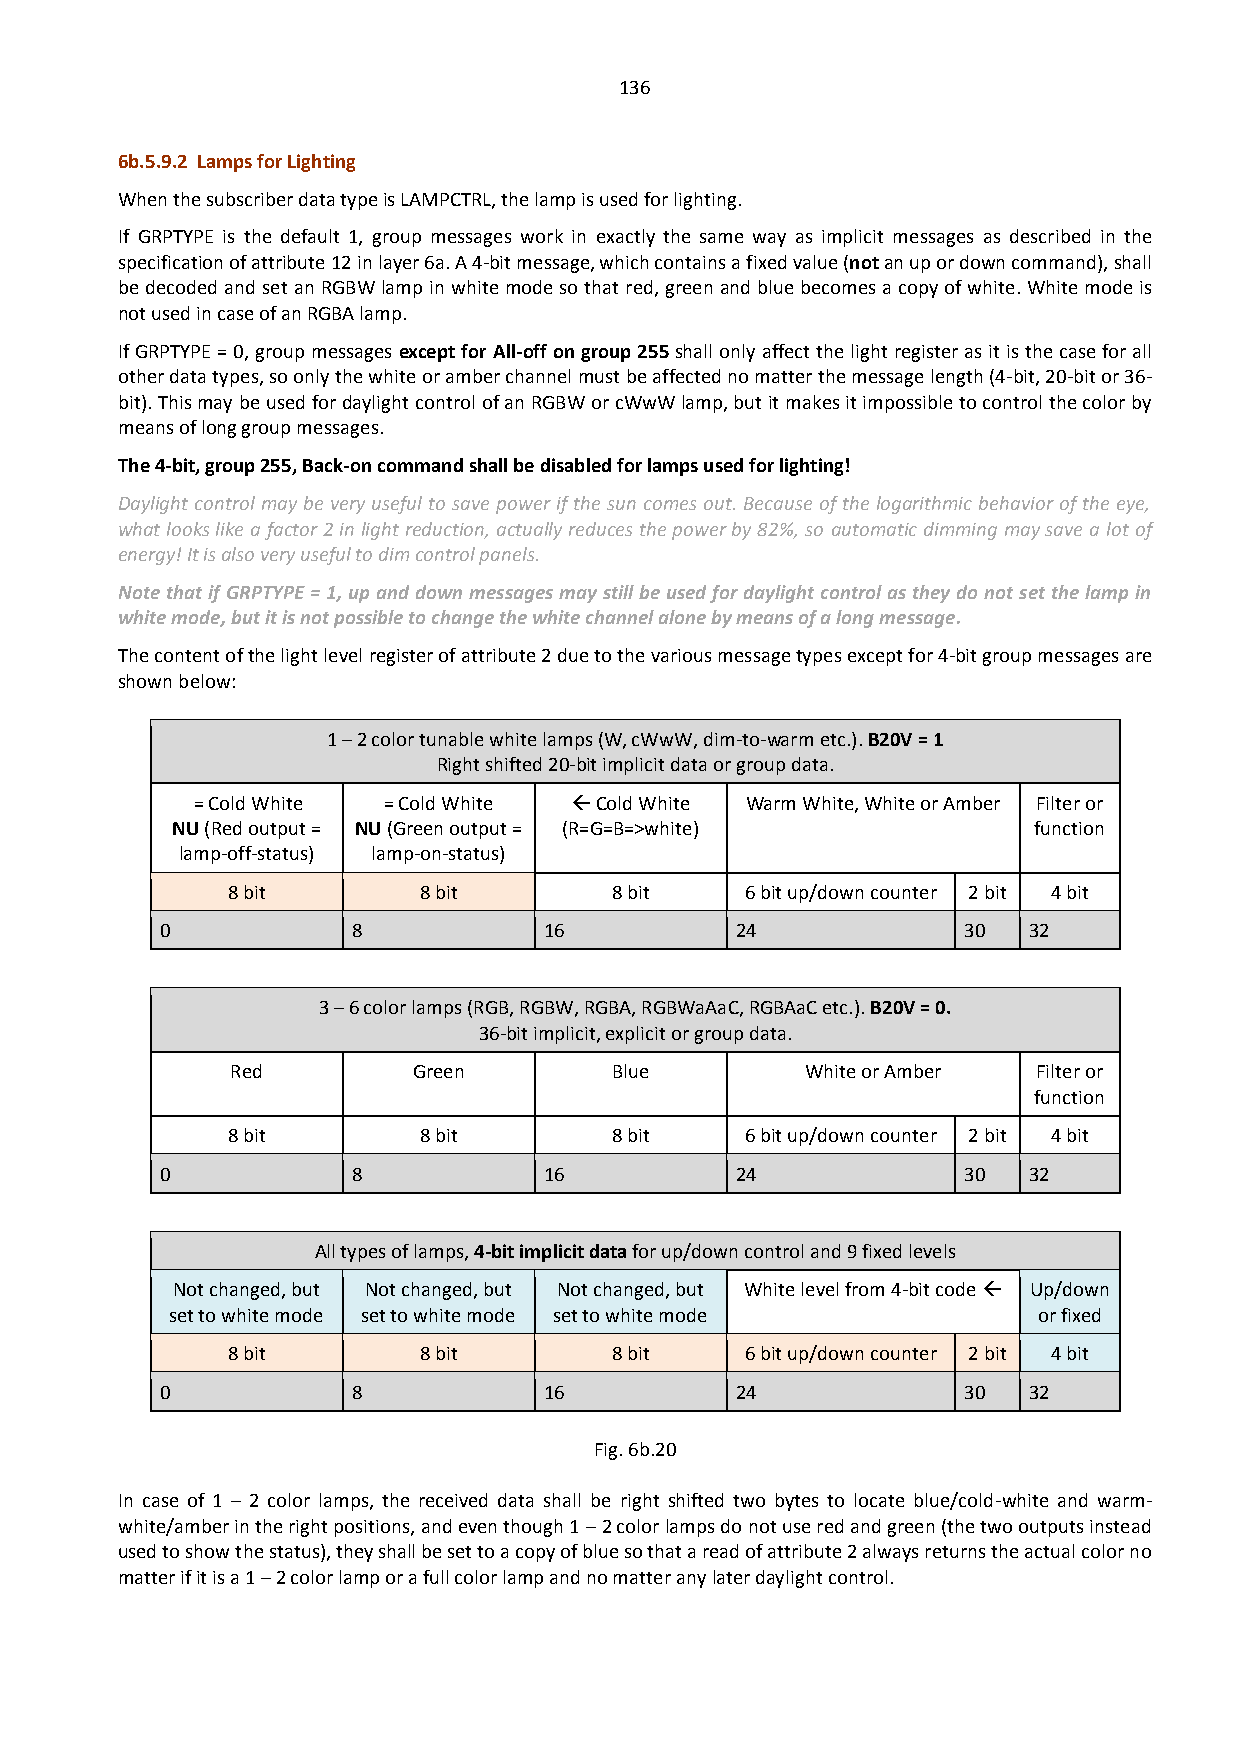
136
 6b.5.9.2 Lamps for Lighting
 When the subscriber data type is LAMPCTRL, the lamp is used for lighting.
 If GRPTYPE is the default 1, group messages work in exactly the same way as implicit messages as described in the
 specification of attribute 12 in layer 6a. A 4-bit message, which contains a fixed value (not an up or down command), shall
 be decoded and set an RGBW lamp in white mode so that red, green and blue becomes a copy of white. White mode is
 not used in case of an RGBA lamp.
 If GRPTYPE = 0, group messages except for All-off on group 255 shall only affect the light register as it is the case for all
 other data types, so only the white or amber channel must be affected no matter the message length (4-bit, 20-bit or 36-
 bit). This may be used for daylight control of an RGBW or cWwW lamp, but it makes it impossible to control the color by
 means of long group messages.
 The 4-bit, group 255, Back-on command shall be disabled for lamps used for lighting!
 Daylight control may be very useful to save power if the sun comes out. Because of the logarithmic behavior of the eye,
 what looks like a factor 2 in light reduction, actually reduces the power by 82%, so automatic dimming may save a lot of
 energy! It is also very useful to dim control panels.
 Note that if GRPTYPE = 1, up and down messages may still be used for daylight control as they do not set the lamp in
 white mode, but it is not possible to change the white channel alone by means of a long message.
 The content of the light level register of attribute 2 due to the various message types except for 4-bit group messages are
 shown below:
 1 – 2 color tunable white lamps (W, cWwW, dim-to-warm etc.). B20V = 1
 Right shifted 20-bit implicit data or group data.
 = Cold White = Cold White  Cold White Warm White, White or Amber Filter or
 NU (Red output = NU (Green output = (R=G=B=>white)       function
 lamp-off-status) lamp-on-status)
 8 bit        8 bit       8 bit    6 bit up/down counter 2 bit 4 bit
 0           8            16           24             30  32
 3 – 6 color lamps (RGB, RGBW, RGBA, RGBWaAaC, RGBAaC etc.). B20V = 0.
 36-bit implicit, explicit or group data.
 Red         Green        Blue         White or Amber  Filter or
 function
 8 bit        8 bit       8 bit    6 bit up/down counter 2 bit 4 bit
 0           8            16           24             30  32
 All types of lamps, 4-bit implicit data for up/down control and 9 fixed levels
 Not changed, but Not changed, but Not changed, but White level from 4-bit code  Up/down
 set to white mode set to white mode set to white mode     or fixed
 8 bit        8 bit       8 bit    6 bit up/down counter 2 bit 4 bit
 0           8            16           24             30  32
 Fig. 6b.20
 In case of 1 – 2 color lamps, the received data shall be right shifted two bytes to locate blue/cold-white and warm-
 white/amber in the right positions, and even though 1 – 2 color lamps do not use red and green (the two outputs instead
 used to show the status), they shall be set to a copy of blue so that a read of attribute 2 always returns the actual color no
 matter if it is a 1 – 2 color lamp or a full color lamp and no matter any later daylight control.